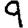
Digit: 9